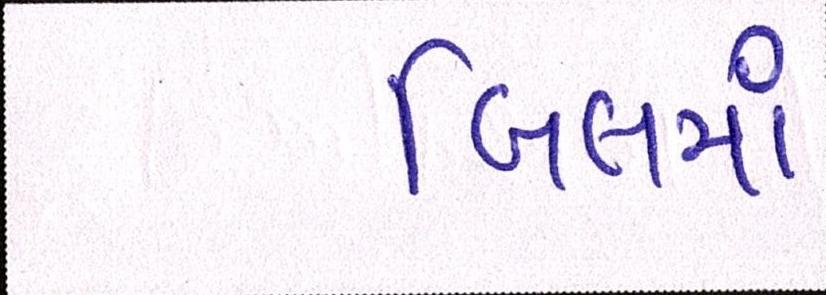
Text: બિલમાં